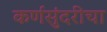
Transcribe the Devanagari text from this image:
कर्णसुंदरीचा